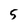
Character: 5